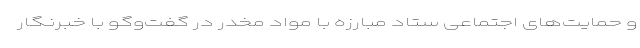
و حمایت‌های اجتماعی ستاد مبارزه با مواد مخدر در گفت‌وگو با خبرنگار